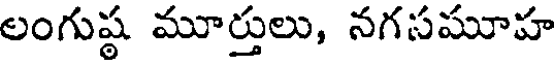
లంగుష్ఠ మూర్తులు, నగసమూహ